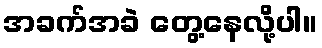
အခက်အခဲ တွေ့နေလို့ပါ။